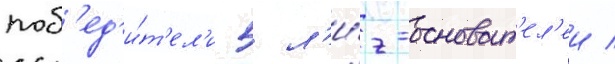
поб'ед'и́т'ел'и 5 л'и́г-основат'ел'еи /